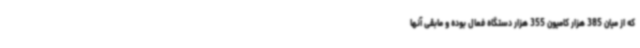
که از میان 385 هزار کامیون 355 هزار دستگاه فعال بوده و مابقی آنها